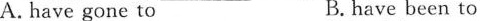
A. have gone to B. have been to